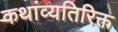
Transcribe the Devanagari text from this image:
कथांव्यतिरिक्त